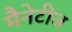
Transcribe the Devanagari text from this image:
मैनेटीज